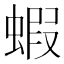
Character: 蝦